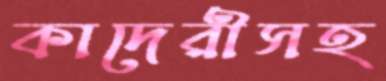
কাদেরীসহ